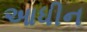
આધીન